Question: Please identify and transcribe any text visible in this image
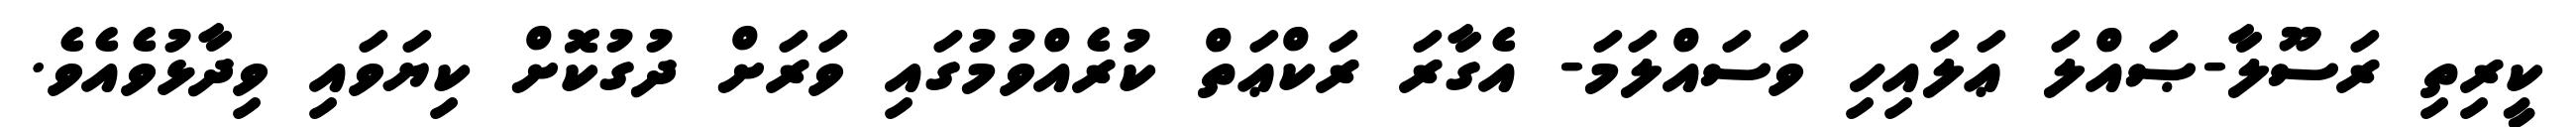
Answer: ކީރިތި ރަސޫލާ-ޞައްލަ ޢަލައިހި ވަސައްލަމަ- އެގާރަ ރަކްޢަތް ކުރެއްވުމުގައި ވަރަށް ދުގުކޮށް ކިޔަވައި ވިދާޅުވެއެވެ.